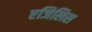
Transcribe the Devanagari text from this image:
एजिलिस